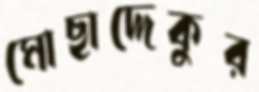
মোছাদ্দেকুর